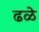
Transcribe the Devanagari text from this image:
ढळे